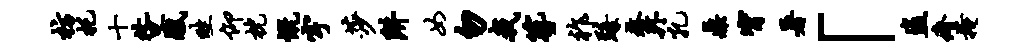
枋托十咎感畦仰枕慨宇莎阱女勿我簪祚臻鳌外孔鼎甯暑「盗瘠掩